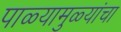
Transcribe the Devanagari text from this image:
पाळ्यामुळ्यांचा